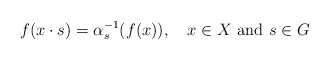
\begin{align*}f(x\cdot s) = \alpha_{s}^{-1}(f(x)), \quad x\in X \textrm{ and } s\in G\end{align*}